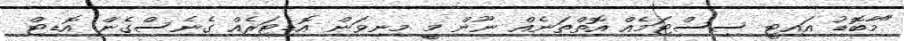
"މާބޮޑު އައިޓީ ސިސްޓަމެއް އޮތްތަނެއް ނޫން މީ މނިވަން އޮޑިޓަރެއް ގެނެސްގެން އޮޑިޓް